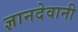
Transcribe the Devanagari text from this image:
ज्ञानदेवानी